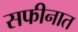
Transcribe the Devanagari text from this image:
सफीनात